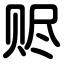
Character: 赆